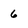
Character: 6